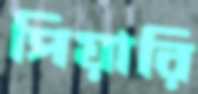
পিয়ারি